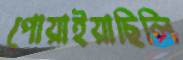
পোয়াইয়াছিলি